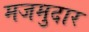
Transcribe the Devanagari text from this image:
मजमुदार